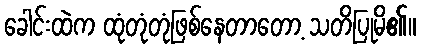
ခေါင်းထဲက ထုံတုံတုံဖြစ်နေတာတော့ သတိပြုမိ၏။